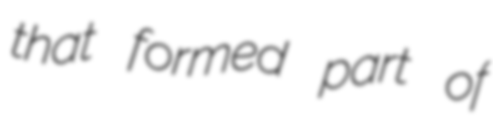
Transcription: that formed part of